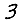
Digit: 3